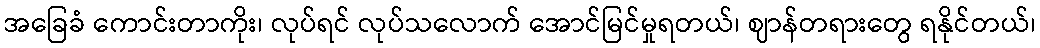
အခြေခံ ကောင်းတာကိုး၊ လုပ်ရင် လုပ်သလောက် အောင်မြင်မှုရတယ်၊ ဈာန်တရားတွေ ရနိုင်တယ်၊